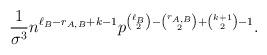
LaTeX: \begin{align*}\frac{1}{\sigma^3}n^{\ell_B-r_{A,B}+k-1}p^{\binom{\ell_B}{2}-\binom{r_{A,B}}{2}+\binom{k+1}{2}-1}.\end{align*}